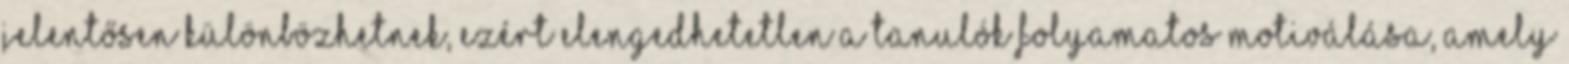
jelentősen különbözhetnek, ezért elengedhetetlen a tanulók folyamatos motiválása, amely